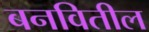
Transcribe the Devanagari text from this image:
बनवितील